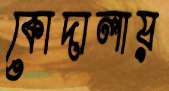
কোদালায়